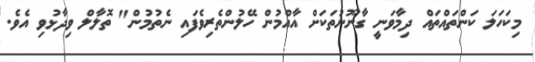
މިކަހަލަ ކަންތައްތައް ދިމާވަނީ ގާނޫނުތަކަށް އާއްމުން ހޭލުންތެރިވެފައި ނެތުމުން" ތޮލާލް ވިދާޅުވި އެވެ.